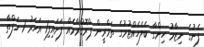
ފެނުގެ ނިޒާމު ހިންގާ ބެލެހެއްޓުމުގެ ތަމްރީން ޕްރޮގްރާމެއް ފަށައިފި1 އަހަރު 1 ހަފްތާ